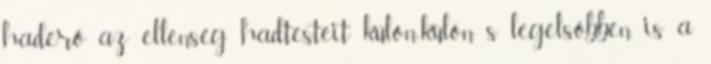
haderő az ellenség hadtesteit külön-külön s legelsőbben is a